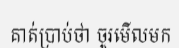
គាត់ប្រាប់ថា ចូរមើលមក